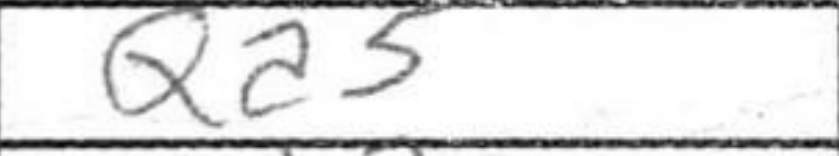
Transcription: Qa5